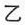
乙